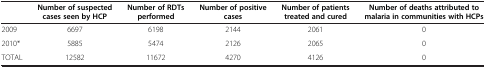
|  | Number of suspected cases seen by HCP | Number of RDTs performed | Number of positive cases | Number of patients treated and cured | Number of deaths attributed to malaria in communities with HCPs |
 | --- | --- | --- | --- | --- | --- |
 | 2009 | 6697 | 6198 | 2144 | 2061 | 0 |
 | 2010* | 5885 | 5474 | 2126 | 2065 | 0 |
 | TOTAL | 12582 | 11672 | 4270 | 4126 | 0 |